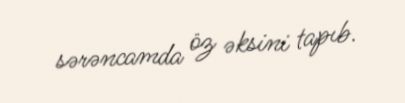
sərəncamda öz əksini tapıb.